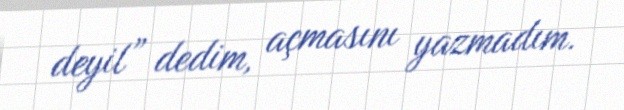
deyil” dedim, açmasını yazmadım.